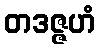
တဒဇ္ဇဟံ